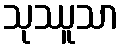
သုဿူသာ